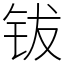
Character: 钹